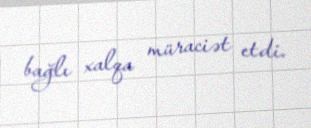
bağlı xalqa müraciət etdi.